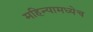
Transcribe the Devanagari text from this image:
महिन्यामध्येच